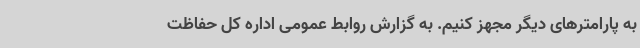
به پارامترهای دیگر مجهز کنیم. به گزارش روابط عمومی اداره کل حفاظت